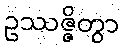
ဥဿဇ္ဇိတွာ